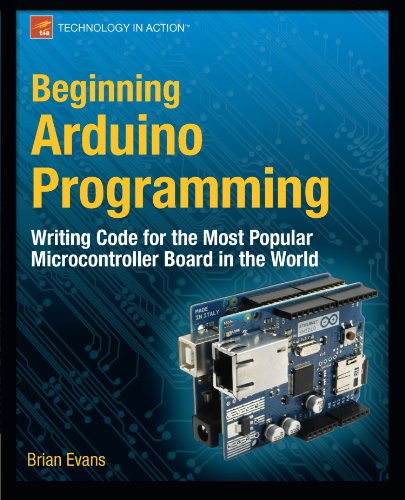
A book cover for Beginning Arduino Programming (Technology in Action); Brian Evans; Computers & Technology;